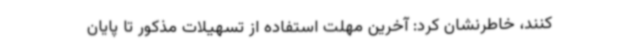
کنند، خاطرنشان کرد: آخرین مهلت استفاده از تسهیلات مذکور تا پایان